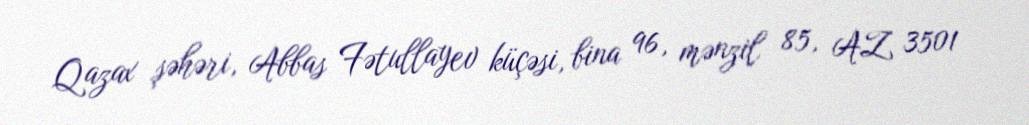
Qazax şəhəri, Abbas Fətullayev küçəsi, bina 96, mənzil 85, AZ 3501